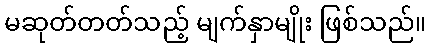
မဆုတ်တတ်သည့် မျက်နှာမျိုး ဖြစ်သည်။